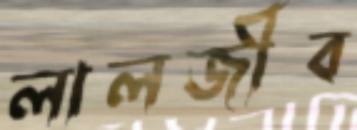
লালজীব